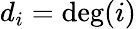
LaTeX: d_{i}=\deg(i)